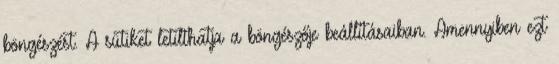
böngészést. A sütiket letilthatja a böngészője beállításaiban. Amennyiben ezt